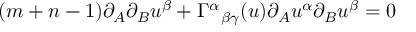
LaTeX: ( m + n - 1 ) \partial _ { A } \partial _ { B } u ^ { \beta } + \Gamma ^ { \alpha } { } _ { \beta \gamma } ( u ) \partial _ { A } u ^ { \alpha } \partial _ { B } u ^ { \beta } = 0